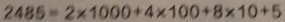
2 4 8 5 = 2 \times 1 0 0 0 + 4 \times 1 0 0 + 8 \times 1 0 + 5